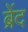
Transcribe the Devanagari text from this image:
ब्रेंद